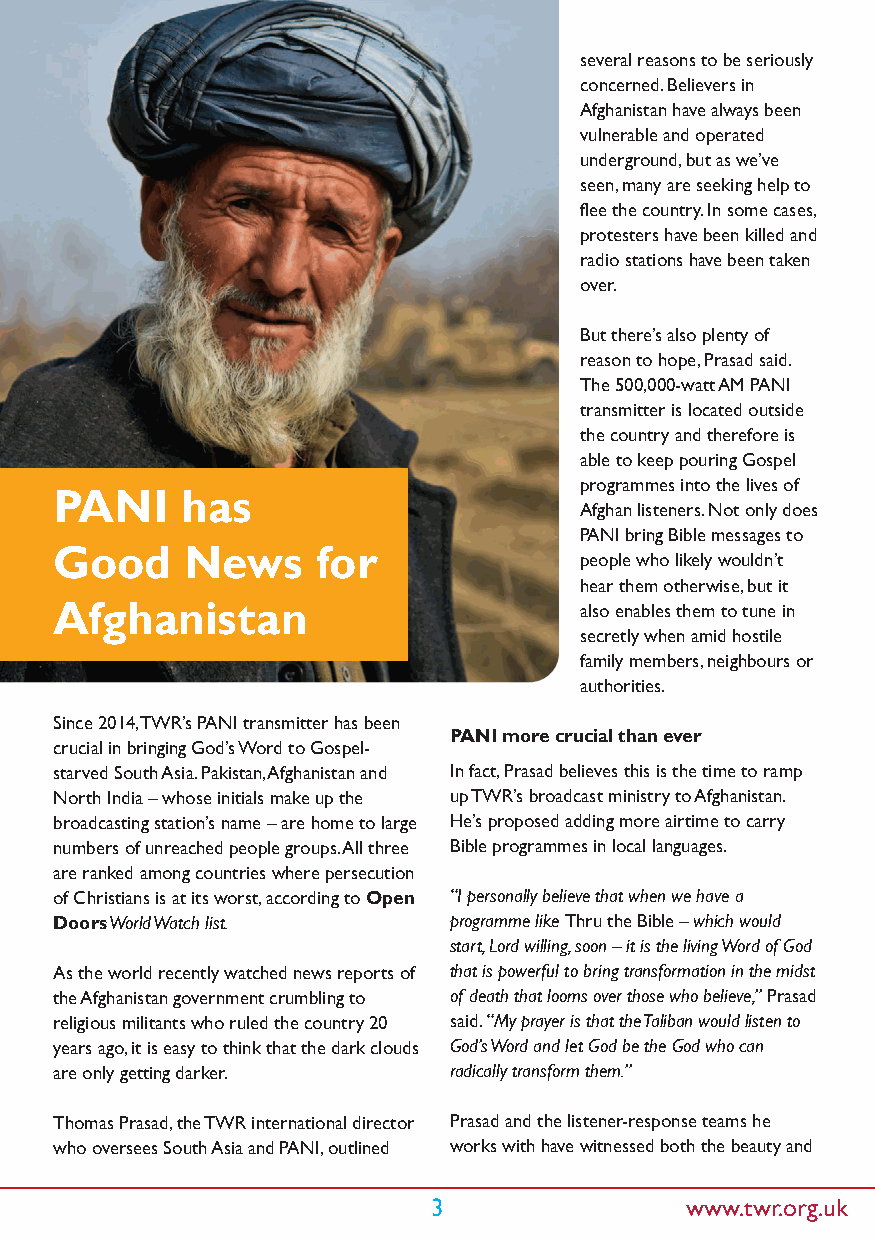
several reasons to be seriously
 concerned. Believers in
 Afghanistan have always been
 vulnerable and operated
 underground, but as we’ve
 seen, many are seeking help to
 flee the country. In some cases,
 protesters have been killed and
 radio stations have been taken
 over.
 But there’s also plenty of
 reason to hope, Prasad said.
 The 500,000-watt AM PANI
 transmitter is located outside
 the country and therefore is
 able to keep pouring Gospel
 programmes into the lives of
 PANI    has
 Afghan listeners. Not only does
 PANI bring Bible messages to
 Good    News     for
 people who likely wouldn’t
 hear them otherwise, but it
 Afghanistan                       also enables them to tune in
 secretly when amid hostile
 family members, neighbours or
 authorities.
 Since 2014, TWR’s PANI transmitter has been
 PANI more crucial than ever
 crucial in bringing God’s Word to Gospel-
 starved South Asia. Pakistan, Afghanistan and In fact, Prasad believes this is the time to ramp
 North India – whose initials make up the up TWR’s broadcast ministry to Afghanistan.
 broadcasting station’s name – are home to large He’s proposed adding more airtime to carry
 numbers of unreached people groups. All three Bible programmes in local languages.
 are ranked among countries where persecution
 of Christians is at its worst, according to Open “I personally believe that when we have a
 Doors World Watch list.   programme like Thru the Bible – which would
 start, Lord willing, soon – it is the living Word of God
 As the world recently watched news reports of that is powerful to bring transformation in the midst
 the Afghanistan government crumbling to of death that looms over those who believe,” Prasad
 religious militants who ruled the country 20 said. “My prayer is that the Taliban would listen to
 years ago, it is easy to think that the dark clouds God’s Word and let God be the God who can
 are only getting darker.  radically transform them.”
 Thomas Prasad, the TWR international director Prasad and the listener-response teams he
 who oversees South Asia and PANI, outlined works with have witnessed both the beauty and
 3               www.twr.org.uk